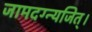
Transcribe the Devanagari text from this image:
जामदग्न्यजित्‌।